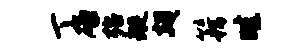
丁碌殆璇翅籍畦